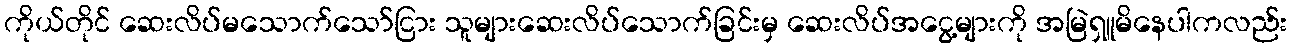
ကိုယ်တိုင် ဆေးလိပ်မသောက်သော်ငြား သူများဆေးလိပ်သောက်ခြင်းမှ ဆေးလိပ်အငွေ့များကို အမြဲရှူမိနေပါကလည်း